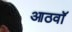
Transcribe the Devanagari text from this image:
आठवाॅ